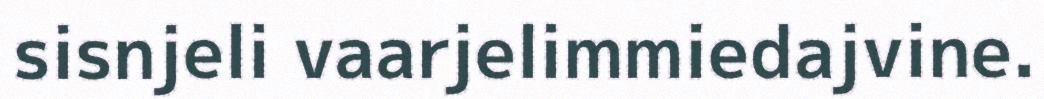
sisnjeli vaarjelimmiedajvine.